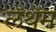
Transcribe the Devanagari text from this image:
लॅथॅम